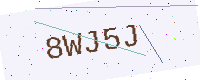
Text: 8WJ5J